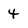
Character: 4